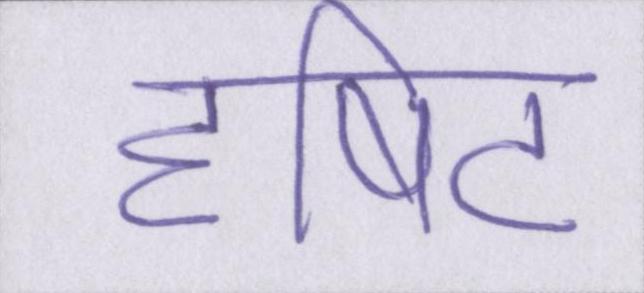
दृषिट